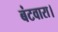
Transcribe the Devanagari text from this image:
बंटवारा।